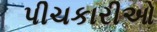
પીચકારીઓ